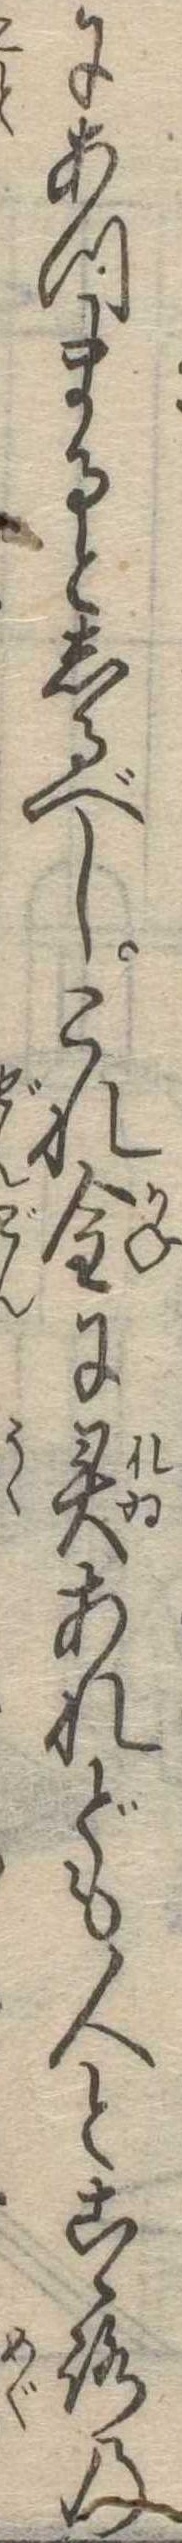
にあつまるとしるべしこれ金に霊あれども人とこゝろの